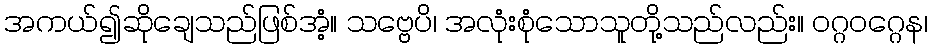
အကယ်၍ဆိုချေသည်ဖြစ်အံ့။ သဗ္ဗေပိ၊ အလုံးစုံသောသူတို့သည်လည်း။ ဝဂ္ဂဝဂ္ဂေန၊